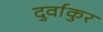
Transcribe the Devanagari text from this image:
दुर्वाकुर